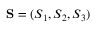
{ \bf S } = ( S _ { 1 } , S _ { 2 } , S _ { 3 } )